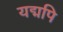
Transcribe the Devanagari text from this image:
यद्मपि